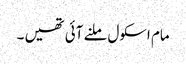
مام اسکول ملنے آئی تھیں ۔